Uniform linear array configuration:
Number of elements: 24
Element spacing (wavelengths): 1
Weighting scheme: hann
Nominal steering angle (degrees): -45
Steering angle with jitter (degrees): -43.129
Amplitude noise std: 0.05
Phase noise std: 0.05

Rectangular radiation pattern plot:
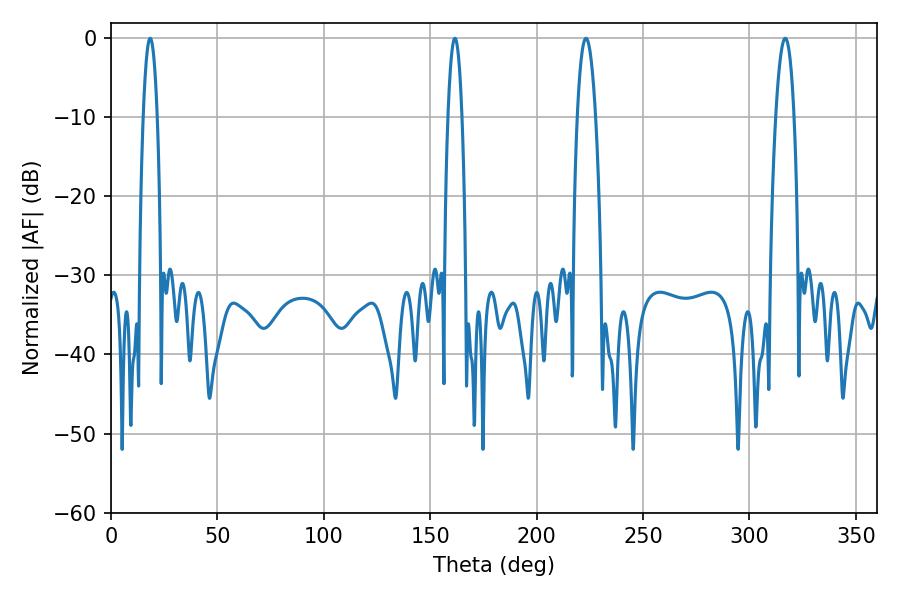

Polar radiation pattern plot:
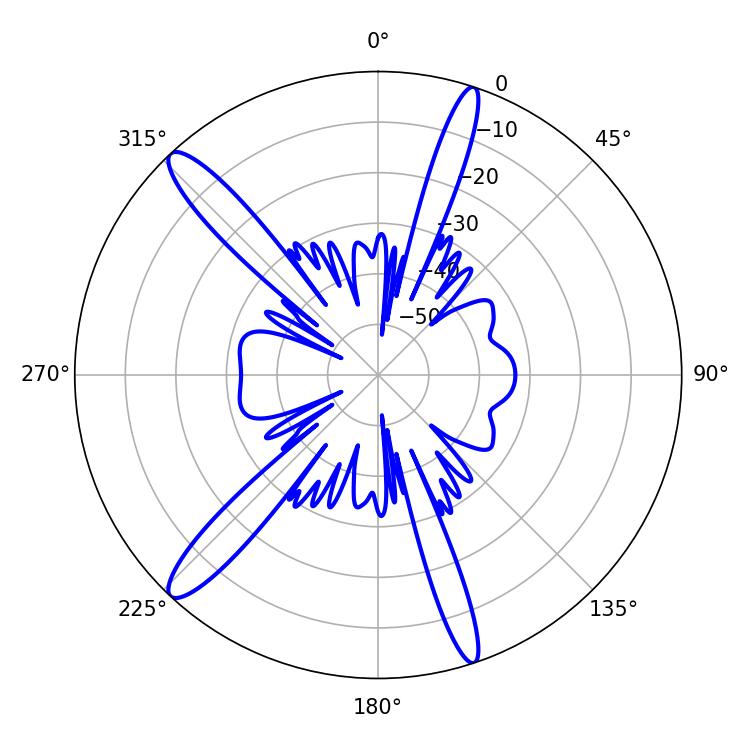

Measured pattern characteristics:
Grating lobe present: TRUE
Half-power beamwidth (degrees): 4.68
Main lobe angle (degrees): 316.8